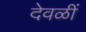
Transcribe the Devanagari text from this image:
देवळीं